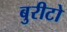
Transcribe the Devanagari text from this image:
बुरीटो